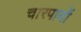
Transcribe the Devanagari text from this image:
चारपायों